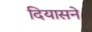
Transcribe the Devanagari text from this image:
दियासने